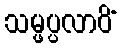
သမ္ဖပ္ပလာပိံ